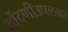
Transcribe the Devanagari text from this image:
नोंदणीउपलब्ध